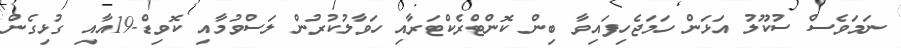
ނަމަވެސް ސުކޫލު އަޅަން ހަމަޖެހިފައިވާ ބިން ކޮންޓްރެކްޓަރާއި ހަވާލުކުރުން ލަސްވުމާއި ކޮވިޑް-19އާއި ގުޅިގެން